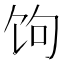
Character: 𬲯